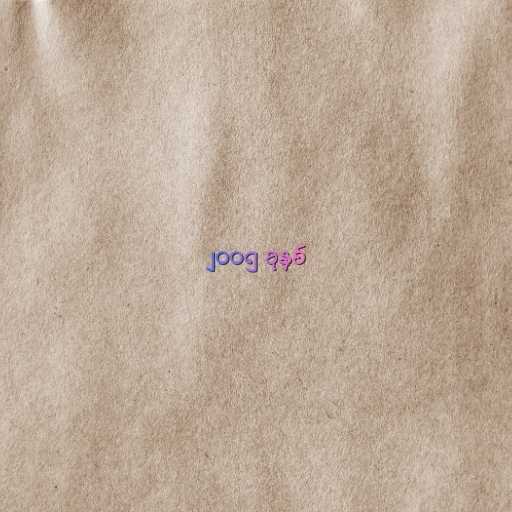
၂၀၀၅ ခုနှစ်